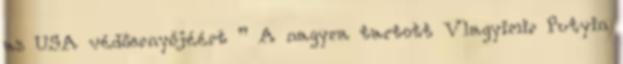
az USA védőernyőjéért ’’ A nagyra tartott Vlagyimir Putyin